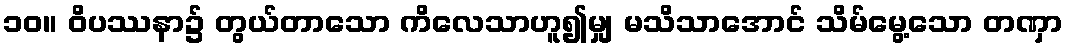
၁၀။ ဝိပဿနာ၌ တွယ်တာသော ကိလေသာဟူ၍မျှ မသိသာအောင် သိမ်မွေ့သော တဏှာ